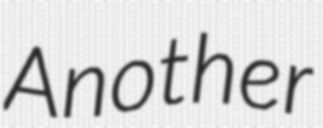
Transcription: Another